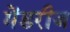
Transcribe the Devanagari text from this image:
मेंडरीज